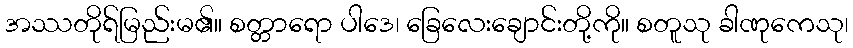
အဿတိုရ်မြည်းမ၏။ စတ္တာရော ပါဒေ၊ ခြေလေးချောင်းတို့ကို။ စတူသု ခါဏုကေသု၊